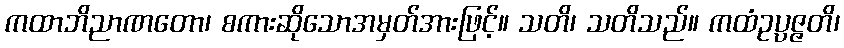
ကထာဘိညာဏတော၊ စကားဆိုသောအမှတ်အားဖြင့်။ သတိ၊ သတိသည်။ ကထံဥပ္ပဇ္ဇတိ၊